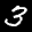
Label: 3